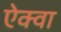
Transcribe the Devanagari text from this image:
ऐक्वा